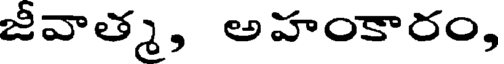
జీవాత్మ, అహంకారం,